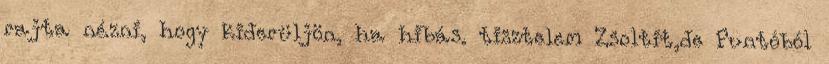
rajta nézni, hogy kiderüljön, ha hibás. tisztelem Zsoltit,de Puntóból